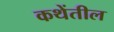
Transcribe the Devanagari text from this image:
कथेंतील